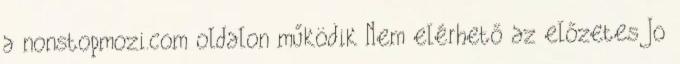
a nonstopmozi.com oldalon működik Nem elérhető az előzetes Jo